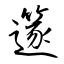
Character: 篴